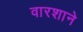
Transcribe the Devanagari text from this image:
वारशाने